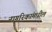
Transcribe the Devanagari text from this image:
नागरिकांमधील